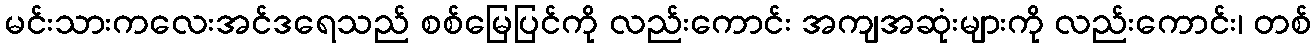
မင်းသားကလေးအင်ဒရေသည် စစ်မြေပြင်ကို လည်းကောင်း အကျအဆုံးများကို လည်းကောင်း၊ တစ်